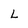
Character: L